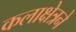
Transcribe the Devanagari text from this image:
कलाक्षेत्रने